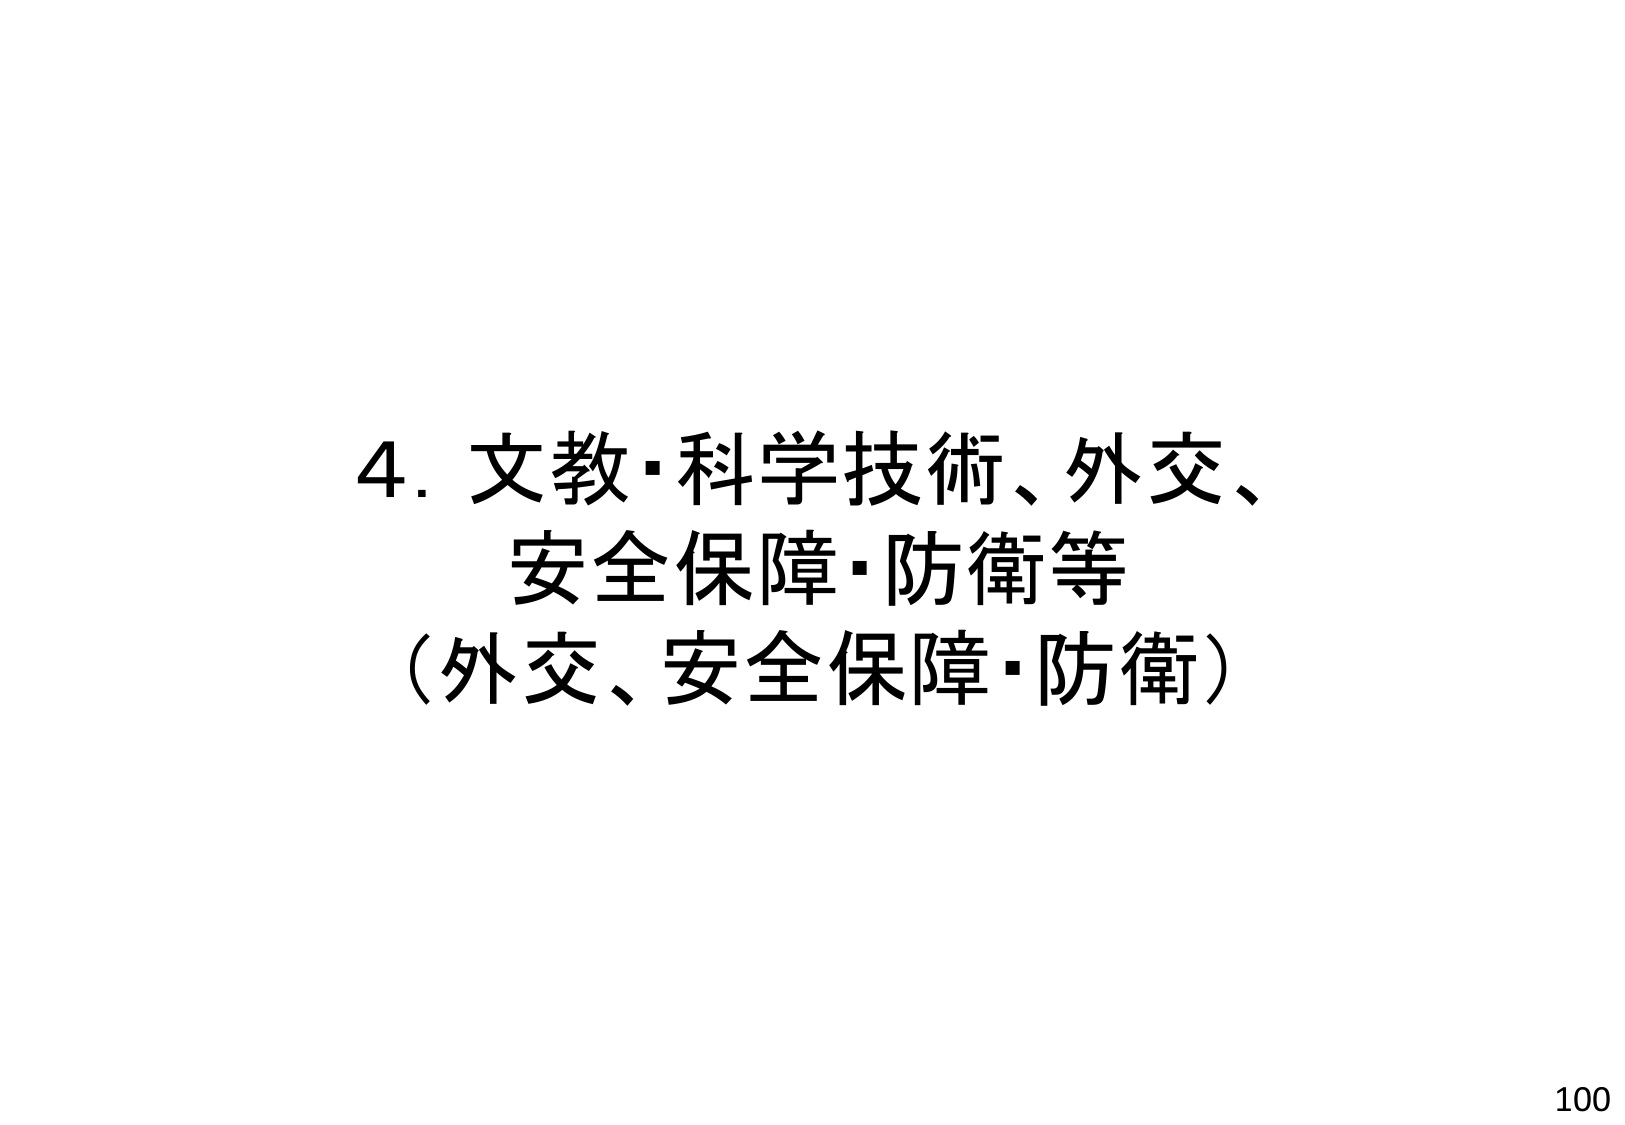
4. 文教・科学技術、外交、安全保障・防衛等
（外交、安全保障・防衛）
100